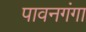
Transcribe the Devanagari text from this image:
पावनगंगा